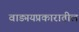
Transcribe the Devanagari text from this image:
वाड्मयप्रकारातील